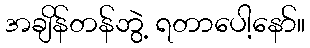
အချိန်တန်ဘွဲ့ ရတာပေါ့နော်။